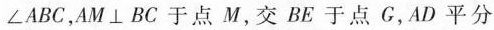
∠ A B C，A M \bot B C 于点 M，交 B E 于点 G，A D 平分